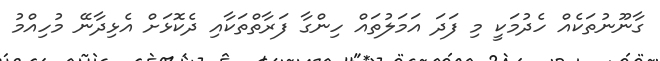
ގާނޫނުތަކެއް ހެދުމަކީ މި ފަދަ އަމަލުތައް ހިންގާ ފަރާތްތަކާއި ދެކޮޅަށް އެޅިދާނޭ މުހިއްމު